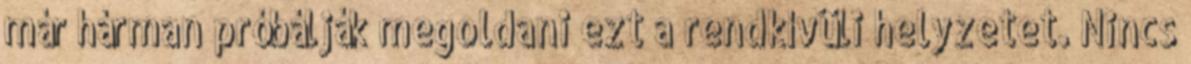
már hárman próbálják megoldani ezt a rendkívüli helyzetet. Nincs